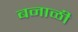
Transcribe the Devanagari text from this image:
बनाळी